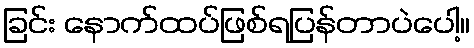
ခြင်း နောက်ထပ်ဖြစ်ရပြန်တာပဲပေါ့။